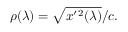
\rho ( \lambda ) = \sqrt { x ^ { \prime } { } ^ { 2 } ( \lambda ) } / c .